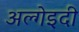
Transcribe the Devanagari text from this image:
अल्गेइदी